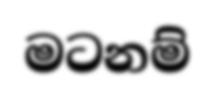
මටනම්